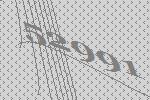
52991